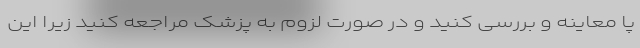
پا معاینه و بررسی کنید و در صورت لزوم به پزشک مراجعه کنید زیرا این